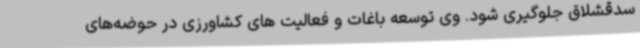
سدقشلاق جلوگیری شود. وی توسعه باغات و فعالیت های کشاورزی در حوضه‌های